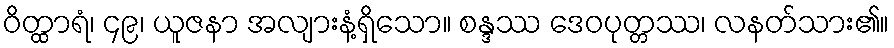
ဝိတ္ထာရံ၊ ၄၉၊ ယူဇနာ အလျားနံ့ရှိသော။ စန္ဒဿ ဒေဝပုတ္တဿ၊ လနတ်သား၏။